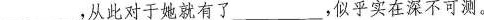
___，从此对于她就有了___，似乎实在深不可测。